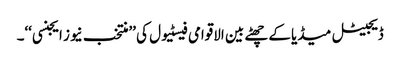
ڈیجیٹل میڈیا کے چھٹے بین الاقوامی فیسٹیول کی ’’منتخب نیوز ایجنسی‘‘۔